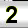
Digit: 2